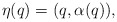
\begin{align*}\eta(q) = (q,\alpha(q)),\end{align*}